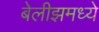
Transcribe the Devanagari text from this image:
बेलीझमध्ये